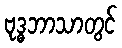
ဗုဒ္ဓဘာသာတွင်